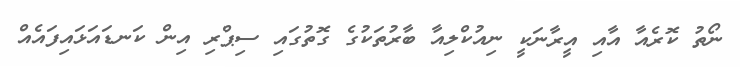
ނޯތު ކޮރެއާ އާއި އީރާނަކީ ނިއުކްލިއާ ބާރުތަކުގެ ގޮތުގައި ސިޕްރި އިން ކަނޑައަޅައިފައެއް